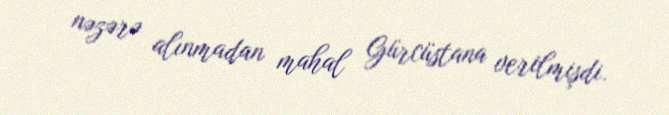
nəzərə alınmadan mahal Gürcüstana verilmişdi.